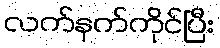
လက်နက်ကိုင်ပြီး